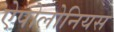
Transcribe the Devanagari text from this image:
ऐपोलोनियस